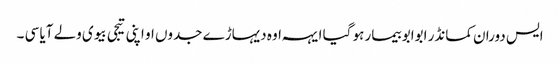
ایس دوران کمانڈر ابوابو بیمار ہو گیا ایہہ اوہ دیہاڑے جدوں او اپنی تیجی بیوی ولے آیا سی ۔